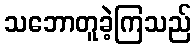
သဘောတူခဲ့ကြသည်